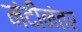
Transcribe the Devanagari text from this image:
मंदीनंतर